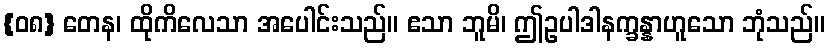
{၀၈} တေန၊ ထိုကိလေသာ အပေါင်းသည်။ ဧသာ ဘူမိ၊ ဤဥပါဒါနက္ခန္နာဟူသော ဘုံသည်။